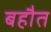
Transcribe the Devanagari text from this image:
बहौत